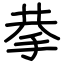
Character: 拲